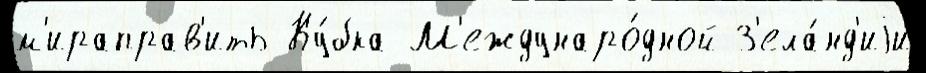
м'ираправ'ить Ку́бка М'еждунаро́дной З'ела́нд'иjи